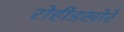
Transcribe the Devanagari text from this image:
रोहीडखोरे